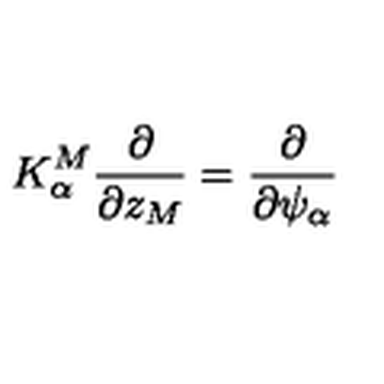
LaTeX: K _ { \alpha } ^ { M } \frac { \partial } { \partial z _ { M } } = \frac { \partial } { \partial \psi _ { \alpha } }